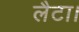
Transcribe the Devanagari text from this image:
लैटा।